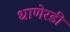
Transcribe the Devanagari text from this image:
धाणेरडी